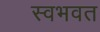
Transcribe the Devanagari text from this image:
स्वभवत